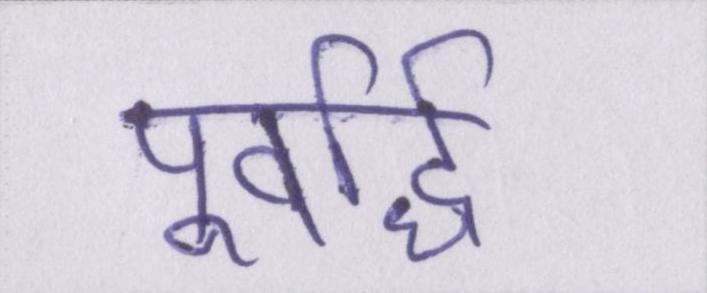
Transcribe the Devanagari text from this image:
पूर्वार्द्ध